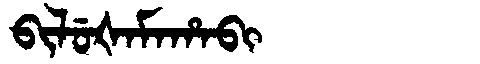
Manchu: ᠪᡳᠯᡠᡧᠠᠮᠠᡥᠠᠪᡳ
Romanization: BILUŠAMAHABI